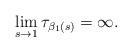
LaTeX: \begin{align*}\lim\limits_{s\rightarrow 1}\tau_{\beta_1(s)}=\infty .\end{align*}